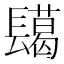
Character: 𮤅